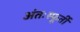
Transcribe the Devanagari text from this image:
अंतःस्फूर्ती